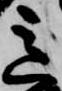
意